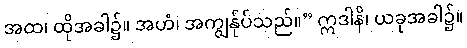
အထ၊ ထိုအခါ၌။ အဟံ၊ အကျွန်ုပ်သည်။” ဣဒါနိ၊ ယခုအခါ၌။